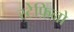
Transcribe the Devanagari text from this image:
स्टेफ़िनो